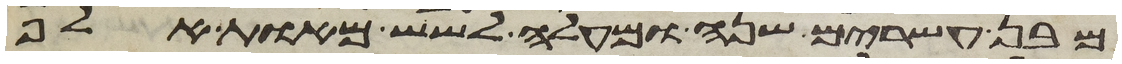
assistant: מבן עשרים שנה ומעלה לשש מאות אלף